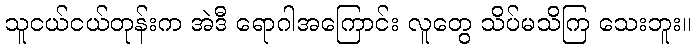
သူငယ်ငယ်တုန်းက အဲဒီ ရောဂါအကြောင်း လူတွေ သိပ်မသိကြ သေးဘူး။